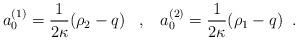
LaTeX: \begin{align*} a_{0}^{(1)}=\frac{1}{2\kappa}(\rho_{2}-q) \;\;\;,\;\;\; a_{0}^{(2)}=\frac{1}{2\kappa}(\rho_{1}-q) \;\;.\end{align*}